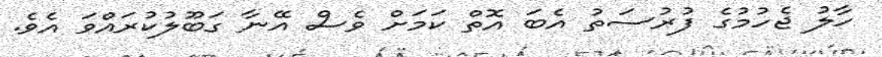
ހާލު ޖެހުމުގެ ފުރުސަތު އެބަ އޮތް ކަމަށް ވެސް އޭނާ ގަބޫލުކުރައްވަ އެވެ.